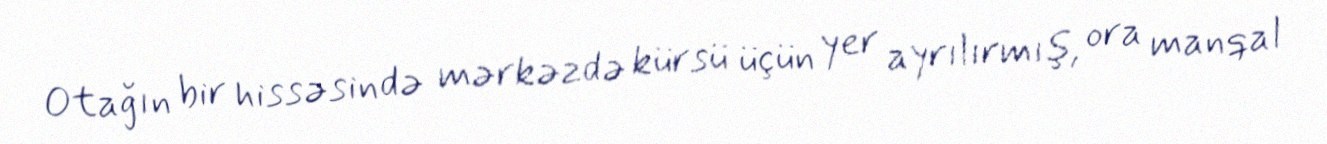
Otağın bir hissəsində mərkəzdə kürsü üçün yer ayrılırmış, ora manqal